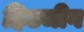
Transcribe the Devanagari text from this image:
हिटजीग